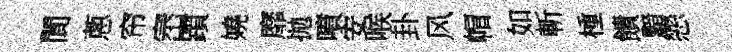
閬蔥帘崈躓嬈靡拋噴安喉卦风帽如斬㮔饋黯戀